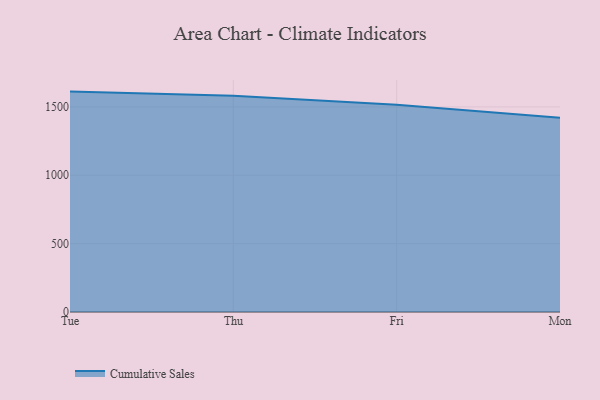
{"axis": {"x": "Day", "y": "Website Visitors"}, "legend": ["Cumulative Sales"], "data": [{"x": "Tue", "y": 1612.1, "type": "Cumulative Sales"}, {"x": "Thu", "y": 1581.6, "type": "Cumulative Sales"}, {"x": "Fri", "y": 1515.4, "type": "Cumulative Sales"}, {"x": "Mon", "y": 1420.3, "type": "Cumulative Sales"}]}